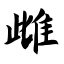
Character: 雌